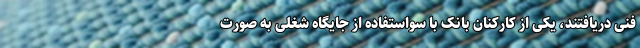
فنی دریافتند، یکی از کارکنان بانک با سواستفاده از جایگاه شغلی به صورت